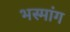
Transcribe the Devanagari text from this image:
भस्मांग